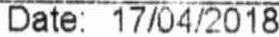
DATE: 17/04/2018